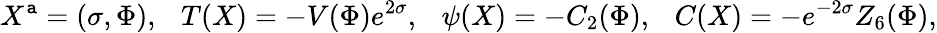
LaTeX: X^{\mathtt{a}}=(\sigma,\Phi),\ \ \ T(X)=-V(\Phi)e^{2\sigma},\ \ \ \psi(X)=-C_{2}(\Phi),\ \ \ C(X)=-e^{-2\sigma}Z_{6}(\Phi),